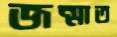
জন্মাত